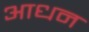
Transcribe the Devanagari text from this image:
आधन